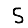
Digit: 5